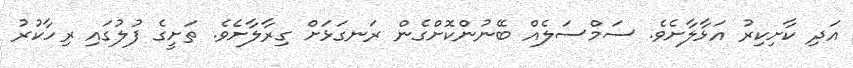
އަދި ކާށިކިރު އަޅާލާށެވެ. ސަމްސަލެއް ބޭނުންކޮށްގެން ރަނގަޅަށް ގިރާލާށެވެ. ތަށީގެ ފުލުގައި ރިހާކުރު